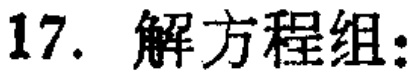
17. 解方程组: